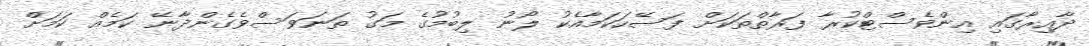
ދާއިރާގައި އިންވެސްޓްކުރާ ފަރާތްތަކަށް ފަސޭހަކަމާއެކު ލޯނު ލިބުމުގެ މަގު ތަނަވަސްވެގެންދާނޭ ކަމެއް ކަމަށް